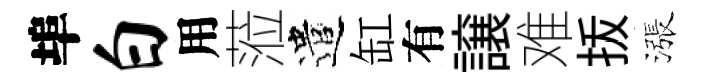
埠白用蒞遣缸有譲难㧞漲